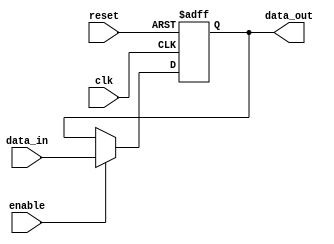
module latch (
    input wire clk,
    input wire reset,
    input wire enable,
    input wire data_in,
    output reg data_out
);

// Store the data value when the enable signal is high
always @ (posedge clk or posedge reset)
begin
    if (reset) 
        data_out <= 1'b0;
    else if (enable)
        data_out <= data_in;
end

endmodule